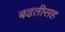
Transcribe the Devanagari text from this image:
बढतीसह